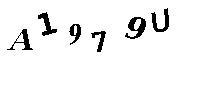
A1979U